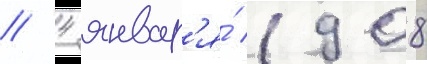
// 4 январ'я́ 1908